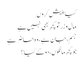
کیا پیش کروں
مال و زر تو کچھ بھی نہیں ہے
جسم، جان ہے، وہ حاضر ہے
جو کچھ مانگوں، دو گے کیا ؟